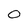
Character: 0